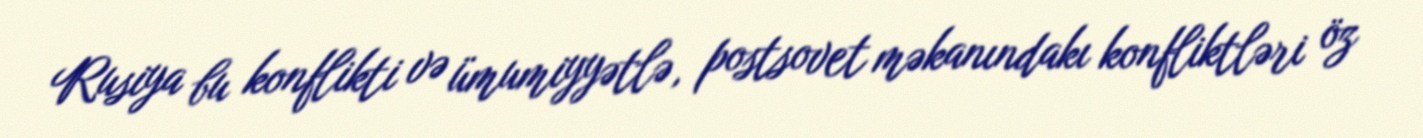
Rusiya bu konflikti və ümumiyyətlə, postsovet məkanındakı konfliktləri öz